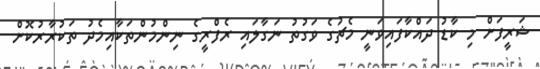
ޝަރީފަށް މި ކާޑު ދައްކާފައިވަނީ މެޗުގެ ވަގުތު ނަގާލައި ރެފްރީގެ ނިންމުންތަކާއިމެދު ތަކުރާރުކޮށް